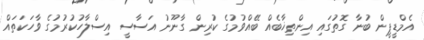
އެމްޑީޕީން ބުނާ ގޮތުގައި އިންތިޚާބެއް ބޭއްވުމުގެ ކުރިން ގާނޫނު އަސާސީ އިސްލާހުކުރުމުގެ ވާހަކަތައް